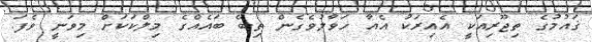
ޤައުމުގެ ތިޖޫރިއަކީ އެއިރަކު އެއާ ހަވާލުވެގެން ތިބޭ ބައެއްގެ މިލްކަކަށް މިވަނީ ވެފަ.